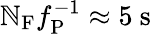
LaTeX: \mathbb{N}_{\mathrm{{F}}}f_{\mathrm{{P}}}^{-1}\approx5~\mathrm{{s}}